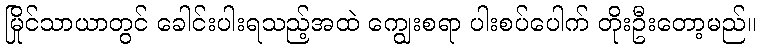
မြိုင်သာယာတွင် ခေါင်းပါးရသည့်အထဲ ကျွေးစရာ ပါးစပ်ပေါက် တိုးဦးတော့မည်။